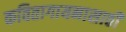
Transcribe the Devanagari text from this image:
कवितागायनासाठी